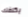
يكلفك